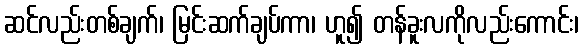
ဆင်လည်းတစ်ချက်၊ မြင်းဆက်ချပ်ကာ၊ ဟူ၍ တန်ခူးလကိုလည်းကောင်း၊